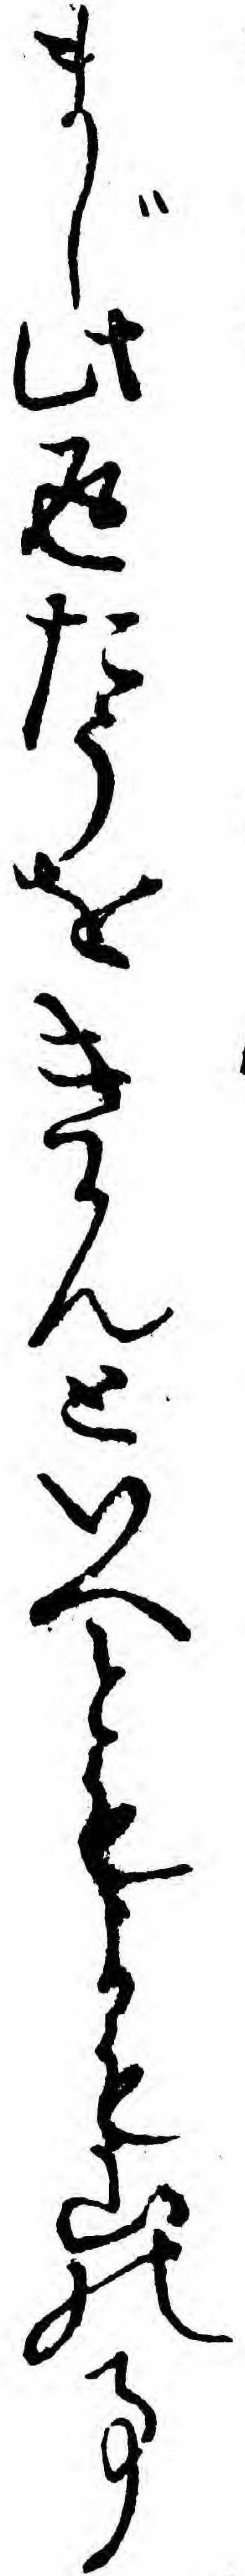
まじ此返たうをきかんといへともよも山の事